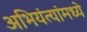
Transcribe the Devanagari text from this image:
अभियंत्यांमध्ये